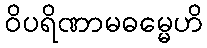
ဝိပရိဏာမဓမ္မေဟိ